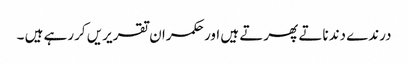
درندے دندناتے پھرتے ہیں اور حکمران تقریریں کررہے ہیں ۔